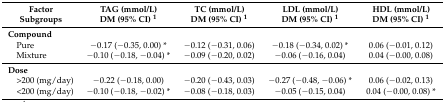
| Factor Subgroups | TAG (mmol/L)DM (95% CI) 1 | TC (mmol/L)DM (95% CI) 1 | LDL (mmol/L)DM (95% CI) 1 | HDL (mmol/L)DM (95% CI) 1 |
 | --- | --- | --- | --- | --- |
 | Compound |  |  |  |  |
 | Pure | −0.17 (−0.35, 0.00) * | −0.12 (−0.31, 0.06) | −0.18 (−0.34, 0.02) * | 0.06 (−0.01, 0.12) |
 | Mixture | −0.10 (−0.18, −0.04) * | −0.09 (−0.20, 0.02) | −0.06 (−0.16, 0.04) | 0.04 (−0.00, 0.08) |
 | Dose |  |  |  |  |
 | >200 (mg/day) | −0.22 (−0.18, 0.00) | −0.20 (−0.43, 0.03) | −0.27 (−0.48, −0.06) * | 0.06 (−0.02, 0.13) |
 | <200 (mg/day) | −0.10 (−0.18, −0.02) * | −0.08 (−0.18, 0.03) | −0.05 (−0.15, 0.04) | 0.04 (−0.00, 0.08) * |